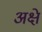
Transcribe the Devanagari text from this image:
अक्षे